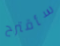
سأقترح